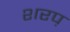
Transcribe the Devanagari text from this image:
शरप़